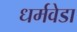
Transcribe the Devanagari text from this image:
धर्मवेडा